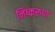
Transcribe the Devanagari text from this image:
निष्करुण